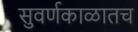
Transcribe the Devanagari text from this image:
सुवर्णकाळातच